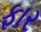
ફાર